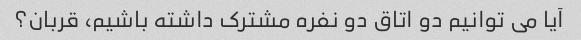
آیا می توانیم دو اتاق دو نفره مشترک داشته باشیم، قربان؟